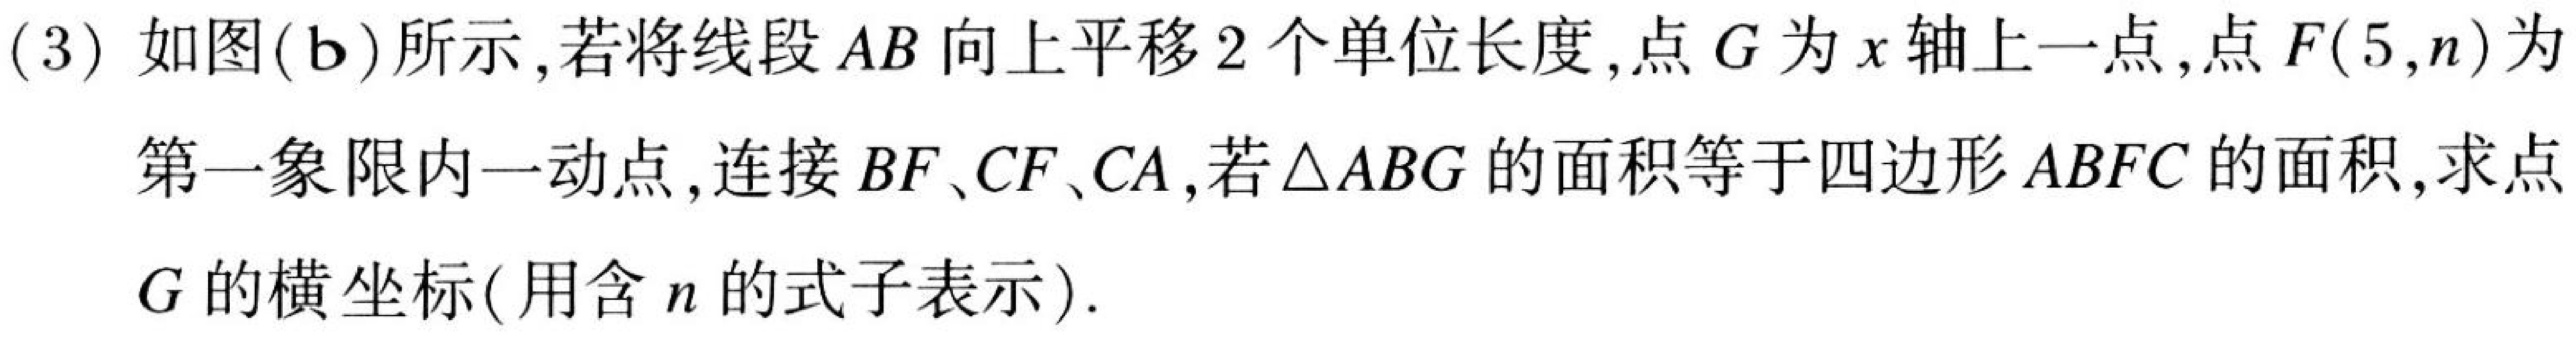
(3) 如图(b)所示，若将线段\(AB\)向上平移\(2\)个单位长度，点\(G\)为\(x\)轴上一点，点\(F(5,n)\)为第一象限内一动点，连接\(BF\)、\(CF\)、\(CA\)，若\(\triangle ABG\)的面积等于四边形\(ABFC\)的面积，求点\(G\)的横坐标(用含\(n\)的式子表示).